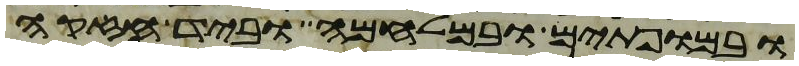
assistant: ובמופתים ובמלחמה וביד חזקה